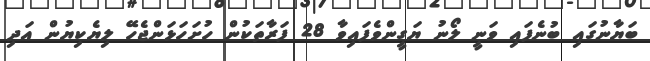
ބަޔާނުގައި ބުނެފައި ވަނީ ލޯނު ޔަގީންވެފައިވާ 28 ފަރާތަކުން ހުށަހަޅަންޖެހޭ ލިޔެކިޔުން އަދި